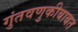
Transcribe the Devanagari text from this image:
गुंतवणुकीबाबत